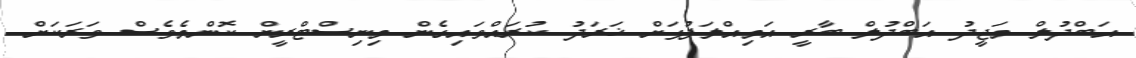
އަބްދުލް މަޖީދު އަބްދުލް ބާރީ އަމިއްލަފުޅަށް ޚަރަދު ކުރައްވައިގެން މިނިސްޓްރީން ކޮންމެވެސް ވަރަކަށް